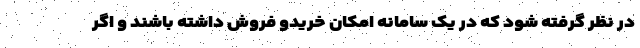
در نظر گرفته شود که در یک سامانه امکان خریدو فروش داشته باشند و اگر